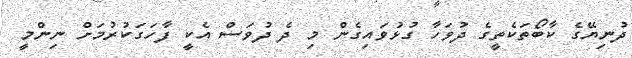
ދުނިޔޭގެ ކާބޯތަކެތީގެ ދުވަހާ ގުޅުވައިގެން މި ދެ ދުވަސް އެކީ ފާހަގަކުރުމަށް ނިންމީ